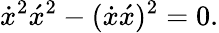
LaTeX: \dot{x}^{2}\acute{x}^{2}-(\dot{x}\acute{x})^{2}=0.